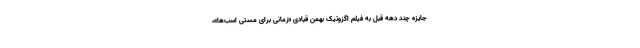
جایزه چند دهه قبل به فیلم اگزوتیک بهمن قبادی «زمانی برای مستی اسب‌ها»،